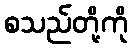
စသည်တို့ကို